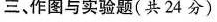
三、作图与实验题(共24分)